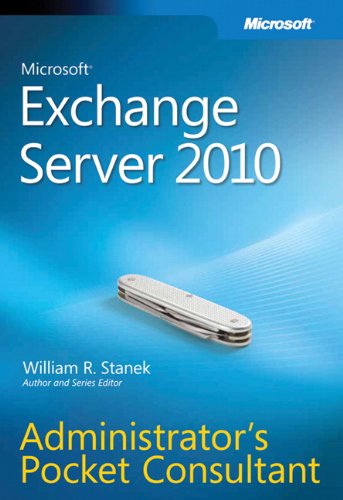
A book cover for Microsoft Exchange Server 2010 Administrator's Pocket Consultant; William Stanek; Computers & Technology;